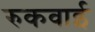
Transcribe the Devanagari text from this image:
रुकवाई